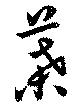
葉